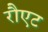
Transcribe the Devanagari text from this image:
रौएट